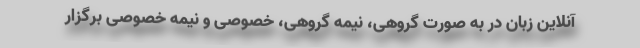
آنلاین زبان در به صورت گروهی، نیمه گروهی، خصوصی و نیمه خصوصی برگزار